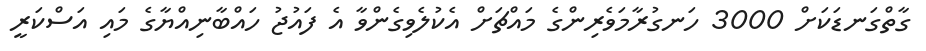
ގާތްގަނޑަކަށް 3000 ހަނގުރާމަވެރިންގެ މައްޗަށް އެކުލެވިގެންވާ އެ ފައުޖު ހައްބާނިއްޔާގެ މައި އަސްކަރީ